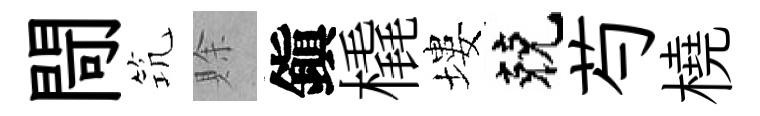
閜𥬑賖鎭橇塿兢芍橈